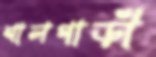
শালগাড়ী